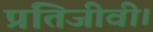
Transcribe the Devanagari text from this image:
प्रतिजीवी।